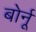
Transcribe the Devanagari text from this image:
बोर्नू